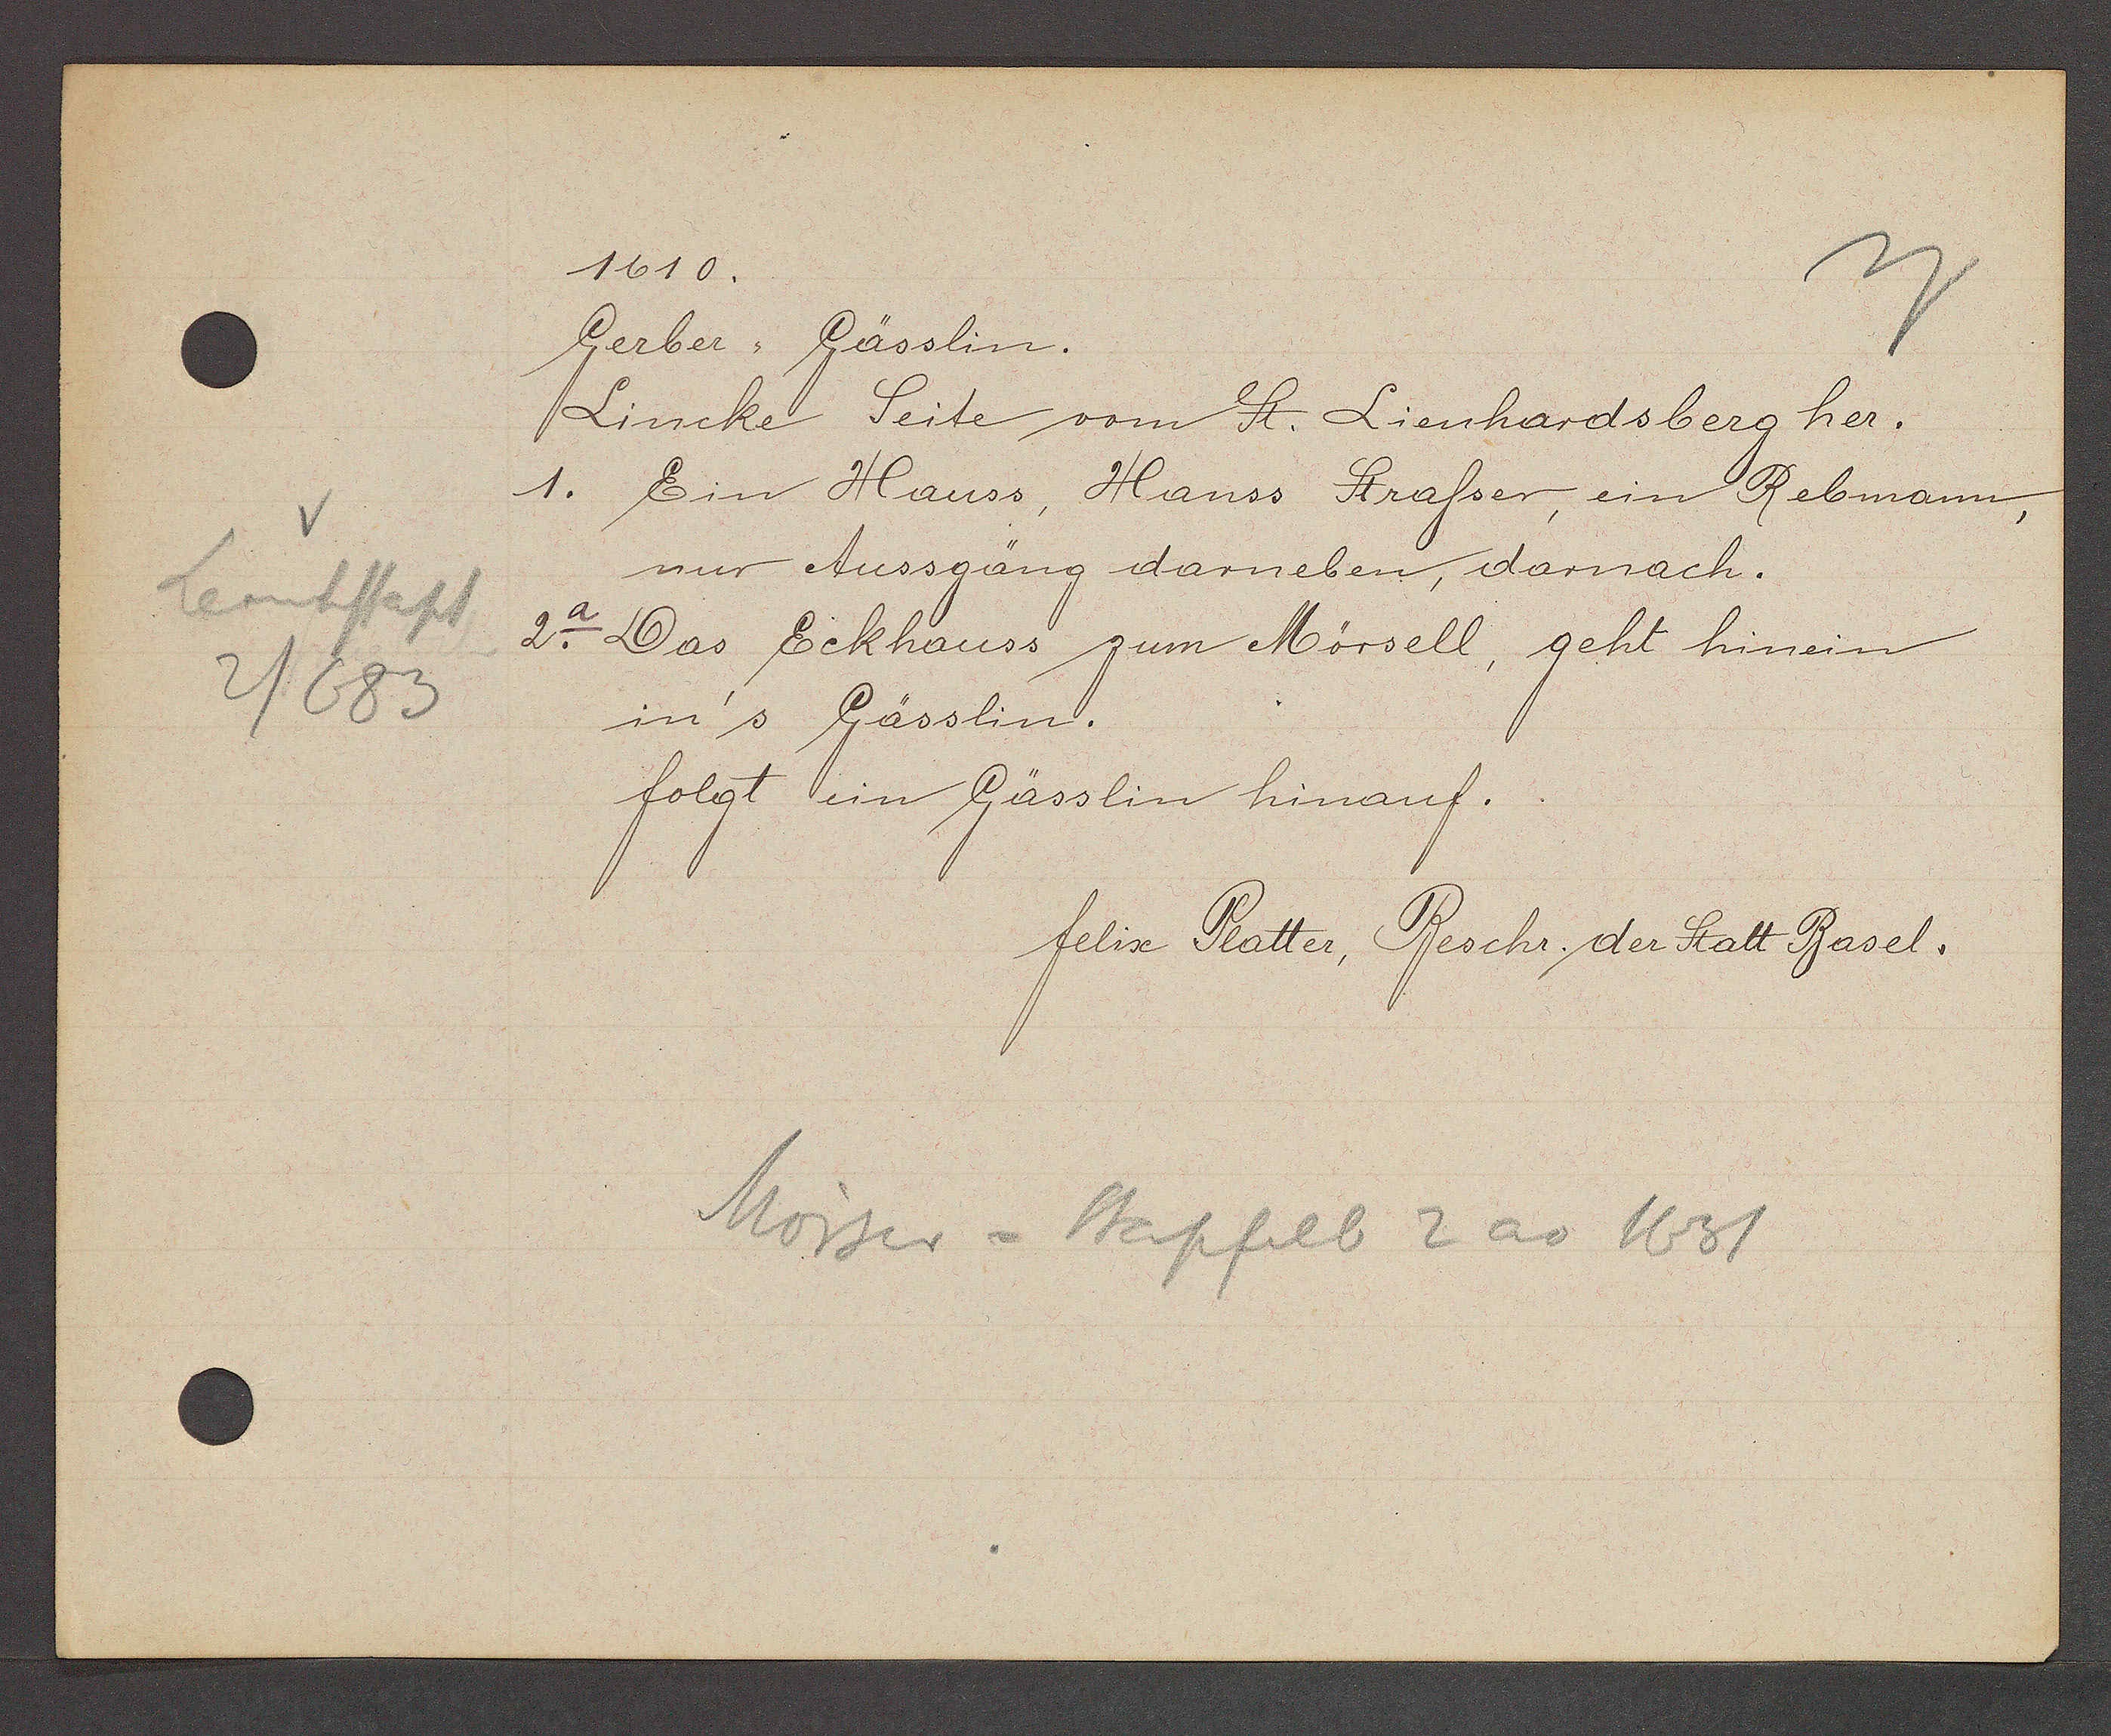
Transcript:
Leonhstapf
2/683

1610.

Gerber, Gässlin.
Lincke Seite vom St. Lienhardsberg her.
1. Ein Hauss, Hanss Stasser ein Rebmann,
nur Aussgäng darneben, darnach.
2a. Das Eckhauss zum Mörsell, geht hinein
in's Gässlin.
folgt ein Gässlin hinauf.

Mörser = Stapfelb 2 ao 1631

felix Platter, Beschr. der Statt Basel.